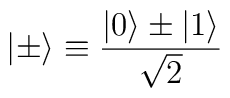
|\pm\rangle \equiv { |0\rangle \pm |1\rangle \over \sqrt{2} }